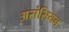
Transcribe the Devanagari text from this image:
असंसियन